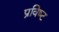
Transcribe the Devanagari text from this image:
प्रविष्‍ट